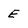
Character: E